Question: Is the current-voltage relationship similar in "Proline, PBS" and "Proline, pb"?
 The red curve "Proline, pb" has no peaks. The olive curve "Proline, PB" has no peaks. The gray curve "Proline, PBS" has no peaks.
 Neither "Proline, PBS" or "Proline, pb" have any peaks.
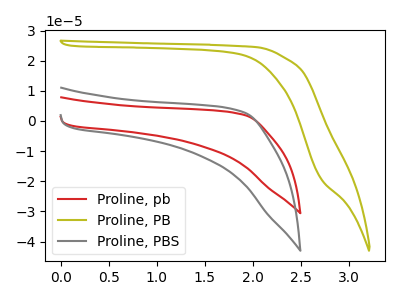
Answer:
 <answer>"Proline, PBS" and "Proline, pb" are similar in shape.</answer>
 <eval>same_shape</eval>